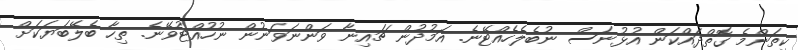
ކިތަންމެ ގޮތްދައްކަން އުޅުނަސް ނުބެލެހެއްޓޭނެ. އަމުދުން ޗައިނާ ވަންނަވަނުން ނުހުއްޓުވޭނެ. ތިހާ ބެލޭބަޔަކަށް